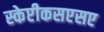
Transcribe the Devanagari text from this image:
स्केप्टीकसएसए